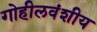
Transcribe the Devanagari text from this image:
गोहीलवंशीय